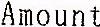
AMOUNT